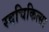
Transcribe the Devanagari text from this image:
स्वचिकित्सा